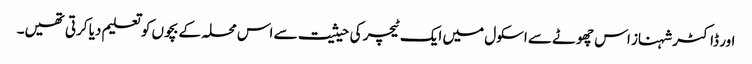
اور ڈاکٹر شہناز اس چھوٹے سے اسکول میں ایک ٹیچر کی حیثیت سے اس محلہ کے بچوں کو تعلیم دیا کرتی تھیں۔